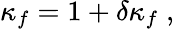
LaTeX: \kappa_{f}=1+\delta\kappa_{f}\; ,